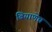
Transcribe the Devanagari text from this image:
बियाणेच